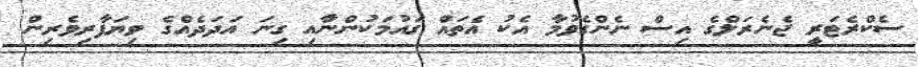
ސެކްރެޓަރީ ޖެނެރަލްގެ އިސް ނެންގެވުމާ އެކު އެތައް ގައުމަކުންނާއި ގިނަ އަދަދެއްގެ ވިޔަފާރިވެރިން